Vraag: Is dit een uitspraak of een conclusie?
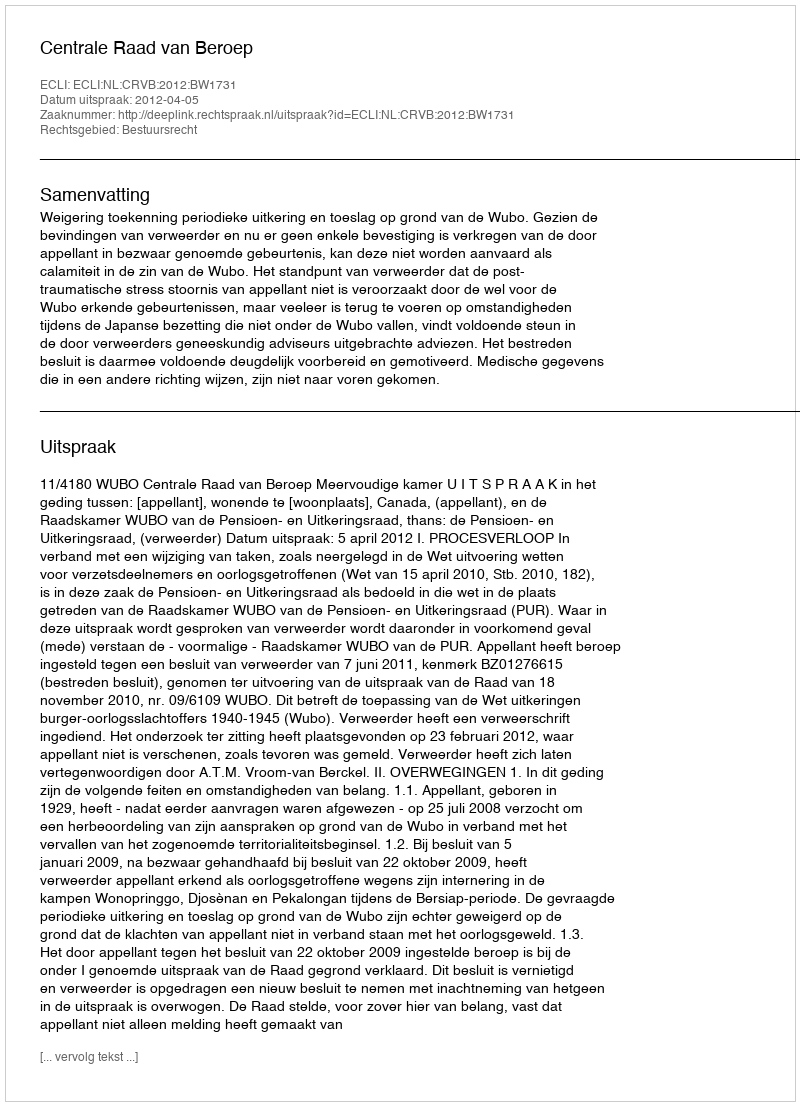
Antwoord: Uitspraak